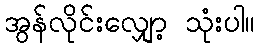
အွန်လိုင်းလျှော့ သုံးပါ။